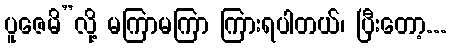
ပူဇေမိ”လို့ မကြာမကြာ ကြားရပါတယ်၊ ပြီးတော့...